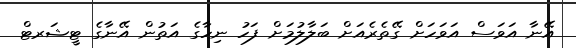
އޭނާ އަވަސް އަވަހަށް ގޭތެރެއަށް ބަލާލުމަށް ފަހު ނިހާގެ އަތުން އޭނާގެ ޓީޝަރޓް